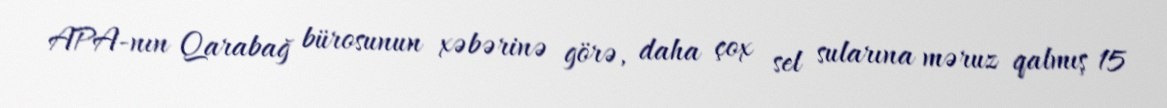
APA-nın Qarabağ bürosunun xəbərinə görə, daha çox sel sularına məruz qalmış 15